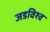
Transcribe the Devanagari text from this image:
जडविश्व